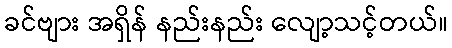
ခင်ဗျား အရှိန် နည်းနည်း လျော့သင့်တယ်။